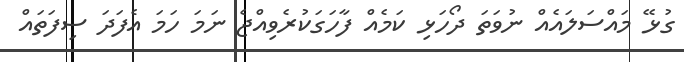
ގުޅޭ މައްސަލައެއް ނުވަތަ ދޯހަޅި ކަމެއް ފާހަގަކުރެވިއްޖެ ނަމަ ހަމަ އެފަދަ ސިފަތައް